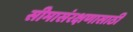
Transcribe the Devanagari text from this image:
सीमासंरक्षणासाठी